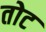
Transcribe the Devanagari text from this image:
तोट